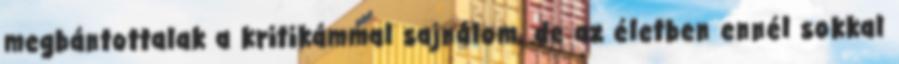
megbántottalak a kritikámmal sajnálom, de az életben ennél sokkal